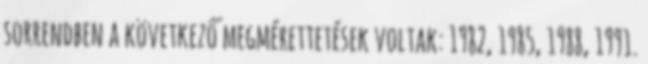
sorrendben a következő megmérettetések voltak: 1982, 1985, 1988, 1991.